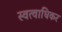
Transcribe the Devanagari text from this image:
स्वत्वाधिकर